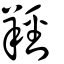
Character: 羥